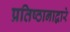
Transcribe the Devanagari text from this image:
प्रतिष्ठानाद्वारे